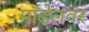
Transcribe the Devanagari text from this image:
मॉडेलवर